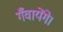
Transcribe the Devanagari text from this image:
गँवायेंगे।